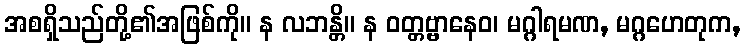
အစရှိသည်တို့၏အဖြစ်ကို။ န လဘန္တိ။ န ဝတ္တဗ္ဗာနေဝ၊ မဂ္ဂါရမဏ, မဂ္ဂဟေတုက,